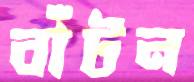
বাঁটন